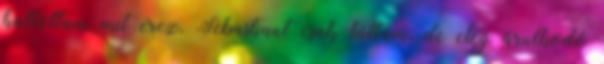
hallottam mit érez. Sebastiant csak láttam, de elég árulkodó